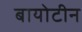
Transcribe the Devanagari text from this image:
बायोटीन